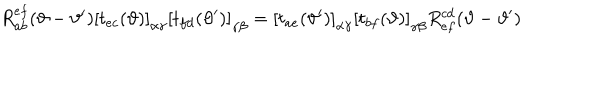
LaTeX: R _ { a b } ^ { e f } ( \vartheta - \vartheta ^ { \prime } ) \left[ t _ { e c } ( \vartheta ) \right] _ { \alpha \gamma } \left[ t _ { f d } ( \vartheta ^ { \prime } ) \right] _ { \gamma \beta } = \left[ t _ { a e } ( \vartheta ^ { \prime } ) \right] _ { \alpha \gamma } \left[ t _ { b f } ( \vartheta ) \right] _ { \gamma \beta } R _ { e f } ^ { c d } ( \vartheta - \vartheta ^ { \prime } )